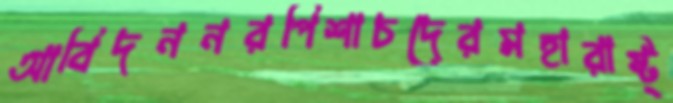
আবিদননরপিশাচদেরমহারাষ্ট্